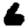
Digit: 6